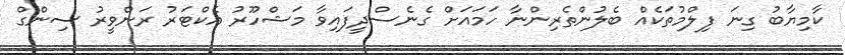
ކާމިޔާބު ގިނަ ފިލްމުތަކެއް ބެލުންތެރިންނާ ހަމައަށް ގެނެސްދީފައިވާ މަޝްހޫރު އެކްޓަރު ރަންވީރު ސިންގް